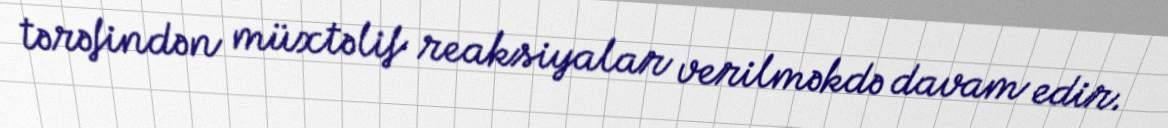
tərəfindən müxtəlif reaksiyalar verilməkdə davam edir.